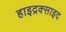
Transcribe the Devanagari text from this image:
हाइद्रक्साइद